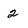
Character: 2